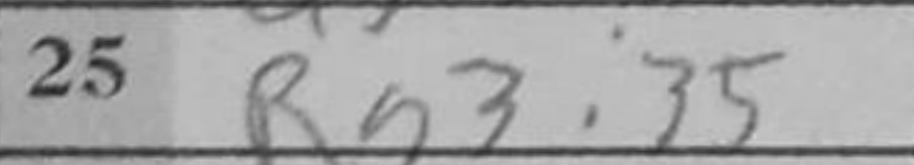
Transcription: Rg3